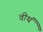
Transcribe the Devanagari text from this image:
वीथं